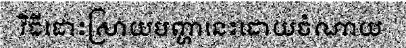
វិធីដោះស្រាយបញ្ហានេះដោយចំណាយ